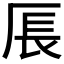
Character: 𪠍